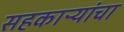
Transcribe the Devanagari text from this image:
सहकाऱ्यांचा